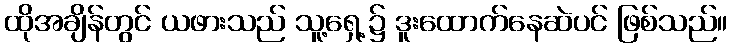
ထိုအချိန်တွင် ယဖားသည် သူ့ရှေ့၌ ဒူးထောက်နေဆဲပင် ဖြစ်သည်။